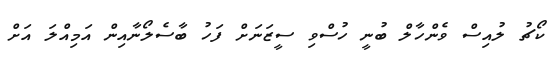
ކޯޗު ލުއިސް ވެންހާލް ބުނީ ހުސްވި ސީޒަނަށް ފަހު ބާސެލޯނާއިން އަމިއްލަ އަށް